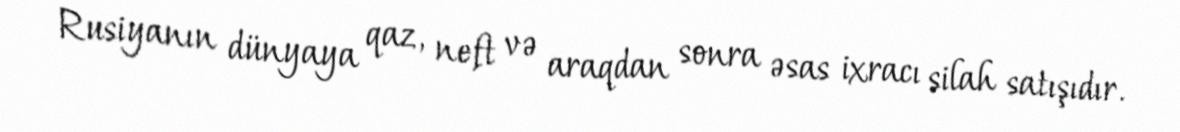
Rusiyanın dünyaya qaz, neft və araqdan sonra əsas ixracı silah satışıdır.